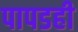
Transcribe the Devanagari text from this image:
पापडही